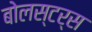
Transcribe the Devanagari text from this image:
बोलस्टर्स